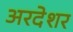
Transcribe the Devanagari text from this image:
अरदेशर